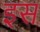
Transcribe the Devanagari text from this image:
इस